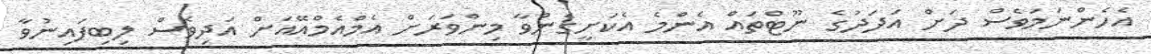
އެހެންނަމަވެސް ދަށް އަދަދުގެ ނޫޓްތައް އެންމެ އެކަށީގެންވާ މިންވަރަށް އެމްއެމްއޭއަށް އަދިވެސް ލިބިފައިނުވާ